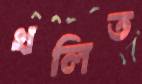
খলিত